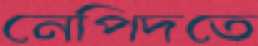
নেপিদতে